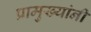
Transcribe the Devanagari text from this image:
प्रामुख्यांनी